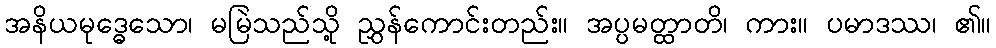
အနိယမုဒ္ဓေသော၊ မမြဲသည်သို့ ညွှန်ကောင်းတည်း။ အပ္ပမတ္ထာတိ၊ ကား။ ပမာဒဿ၊ ၏။